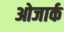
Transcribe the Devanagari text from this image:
ओजार्क